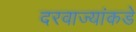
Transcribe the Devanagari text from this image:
दरवाज्यांकडे